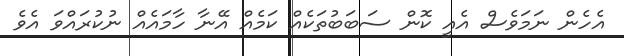
އެހެން ނަމަވެސް އެއީ ކޮން ސަބަބުތަކެއް ކަމެއް އޭނާ ހާމައެއް ނުކުރައްވަ އެވެ